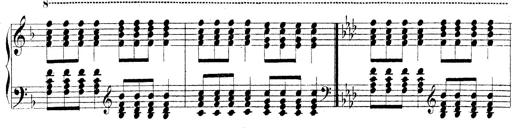
Title: Technische Studien
Composer: Franz Liszt